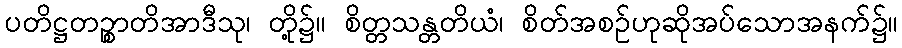
ပတိဋ္ဌတဉ္စာတိအာဒီသု၊ တို့၌။ စိတ္တသန္တတိယံ၊ စိတ်အစဉ်ဟုဆိုအပ်သောအနက်၌။